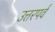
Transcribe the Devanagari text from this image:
उत्तरपर्व